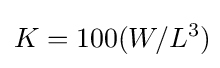
K=100(W/L^{3})\!